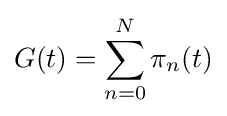
G(t)=\sum _{n=0}^{N}\pi _{n}(t)